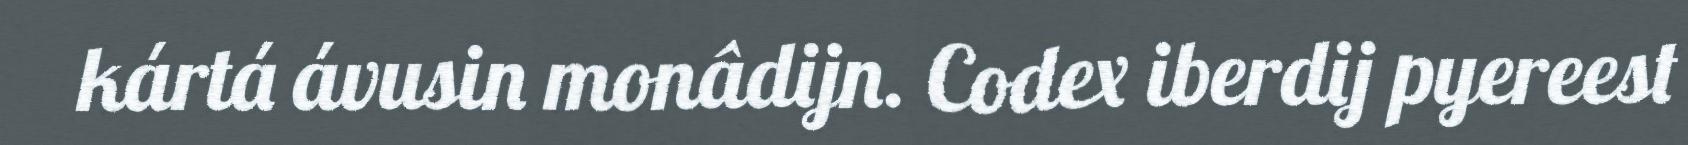
kártá ávusin monâdijn. Codex iberdij pyereest